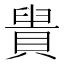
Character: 𧷈